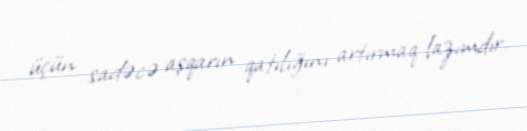
üçün sadəcə aşqarın qatılığını artırmaq lazımdır.